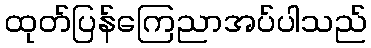
ထုတ်ပြန်ကြေညာအပ်ပါသည်